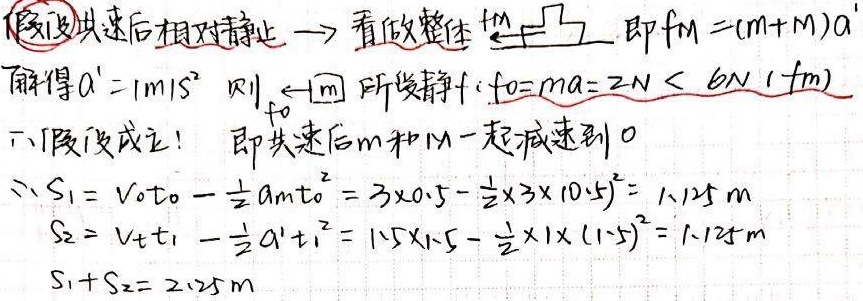
假设共速后相对静止 $\to$ 看做整体 $\overset{m}{\longleftrightarrow}\overset{M}{}$，即 $f_m =(m + M)a'$，解得 $a' = 1m/s^{2}$。
则 $\overset{\longleftarrow}{\boxed{m}}$ 所受静 $f$：$f_0 = ma = 2N < 6N\ (f_m)$。
$\therefore$ 假设成立！ 即共速后$m$和$M$一起减速到$0$。
$\therefore S_1 = v_0t_0-\frac{1}{2}a_mt_0^{2}=3\times0.5 - \frac{1}{2}\times3\times(0.5)^{2}=1.125m$
$S_2 = vt_1-\frac{1}{2}a't_1^{2}=1.5\times1.5 - \frac{1}{2}\times1\times(1.5)^{2}=1.125m$
$S_1 + S_2 = 2.25m$